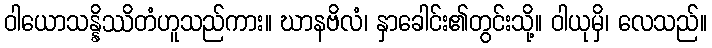
ဝါယောသန္နိဿိတံဟူသည်ကား။ ဃာနဗိလံ၊ နှာခေါင်း၏တွင်းသို့။ ဝါယုမှိ၊ လေသည်။